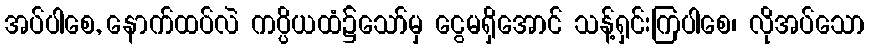
အပ်ပါစေ, နောက်ထပ်လဲ ကပ္ပိယထံ၌သော်မှ ငွေမရှိအောင် သန့်ရှင်းကြပါစေ၊ လိုအပ်သော